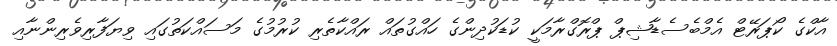
އާކްގެ ކޯޕަރޭޓް އެމްބެސެޑާޝިޕް ޕްރޮގްރާމަކީ ކުޑަކުދިންގެ ހައްގުތައް ރައްކާތެރި ކުރުމުގެ މަސައްކަތުގައި ވިޔަފާރިވެރިންނާއި